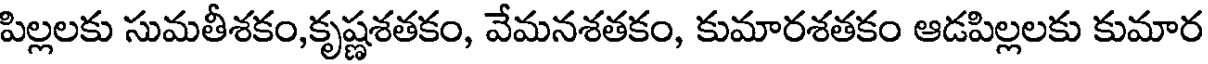
పిల్లలకు సుమతీశకం,కృష్ణశతకం, వేమనశతకం, కుమారశతకం ఆడపిల్లలకు కుమార